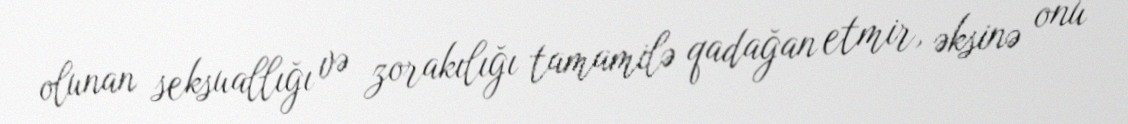
olunan seksuallığı və zorakılığı tamamilə qadağan etmir, əksinə onu